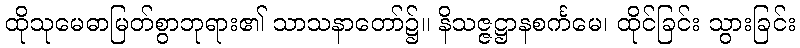
ထိုသုမေဓာမြတ်စွာဘုရား၏ သာသနာတော်၌။ နိသဇ္ဇဋ္ဌာနစင်္ကမေ၊ ထိုင်ခြင်း သွားခြင်း